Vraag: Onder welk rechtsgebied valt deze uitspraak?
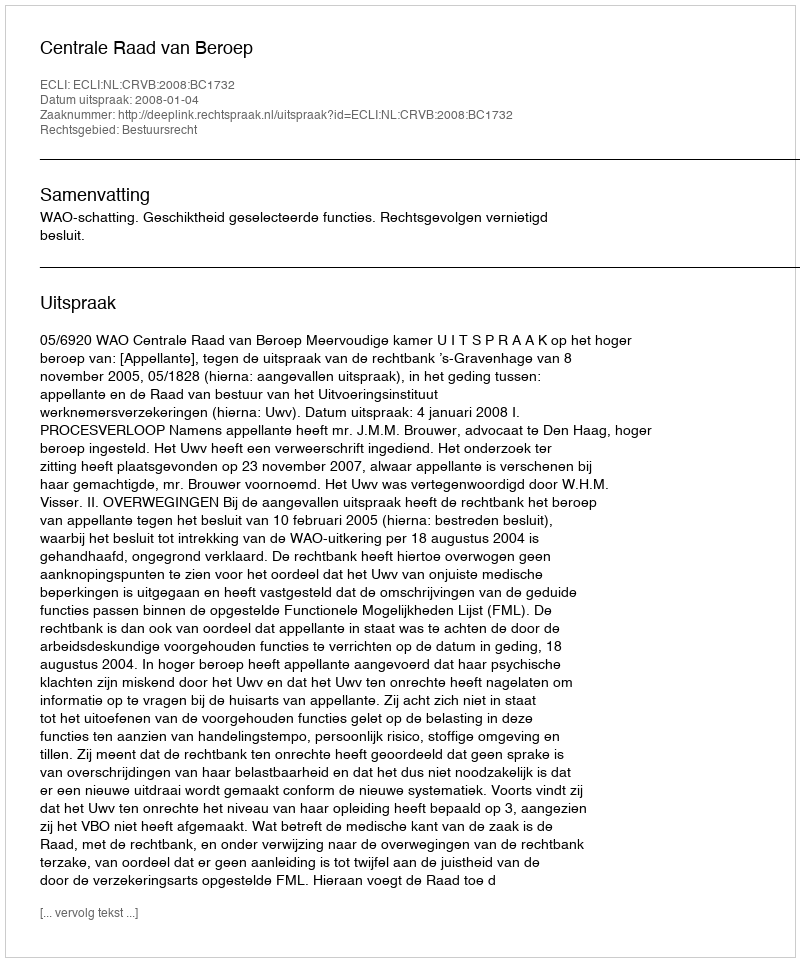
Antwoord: Bestuursrecht